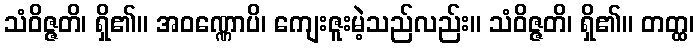
သံဝိဇ္ဇတိ၊ ရှိ၏။ အဝဏ္ဏောပိ၊ ကျေးဇူးမဲ့သည်လည်း။ သံဝိဇ္ဇတိ၊ ရှိ၏။ တတ္ထ၊